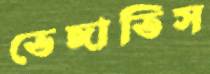
ভেঙ্গাতিস